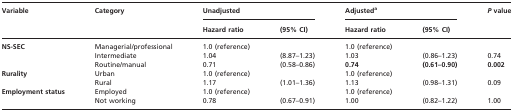
| <ROWSPAN=2> Variable | <ROWSPAN=2> Category | <COLSPAN=2> Unadjusted | <COLSPAN=2> Adjusteda | <ROWSPAN=2> P value |
 | Hazard ratio | (95% CI) | Hazard ratio | (95% CI) |
 | --- | --- | --- | --- | --- | --- | --- |
 | NS-SEC | Managerial/professional | 1.0 (reference) |  | 1.0 (reference) |  |  |
 |  | Intermediate | 1.04 | (8.87–1.23) | 1.03 | (0.86–1.23) | 0.74 |
 |  | Routine/manual | 0.71 | (0.58–0.86) | 0.74 | (0.61–0.90) | 0.002 |
 | Rurality | Urban | 1.0 (reference) |  | 1.0 (reference) |  |  |
 |  | Rural | 1.17 | (1.01–1.36) | 1.13 | (0.98–1.31) | 0.09 |
 | Employment status | Employed | 1.0 (reference) |  | 1.0 (reference) |  |  |
 |  | Not working | 0.78 | (0.67–0.91) | 1.00 | (0.82–1.22) | 1.00 |